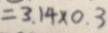
= 3 . 1 4 \times 0 . 3